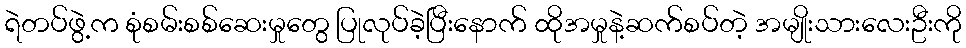
ရဲတပ်ဖွဲ့က စုံစမ်းစစ်ဆေးမှုတွေ ပြုလုပ်ခဲ့ပြီးနောက် ထိုအမှုနဲ့ဆက်စပ်တဲ့ အမျိုးသားလေးဦးကို